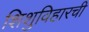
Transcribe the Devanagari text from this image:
शिशुविहारची